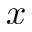
x